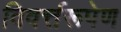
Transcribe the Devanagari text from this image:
विवर्त्तरूपेण